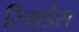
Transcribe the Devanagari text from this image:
रिचार्डस